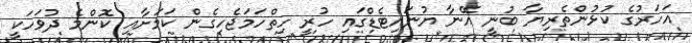
އަހަރުގެ ކުޅުންތެރިޔާ ބުނީ އޭނާ ޔުނައިޓެޑްގައި ހުރީ ހިތްހަމަޖެހިގެން ކަމަށާއި ކޮންމެ ދުވަހަކީ